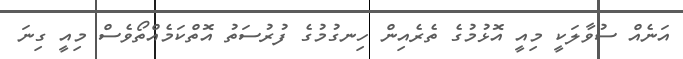
އަނެއް ސުވާލަކީ މިއީ އޮޅުމުގެ ތެރެއިން ހިނގުމުގެ ފުރުސަތު އޮތްކަމެއްތޯވެސް މިއީ ގިނަ